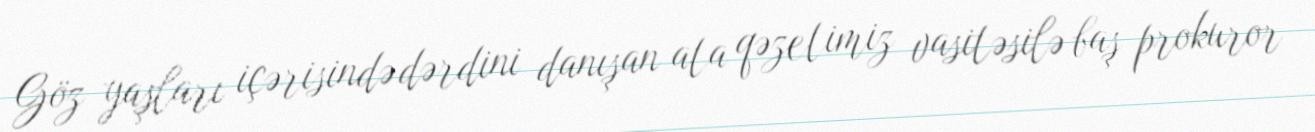
Göz yaşları içərisində dərdini danışan ata qəzetimiz vasitəsilə baş prokuror